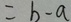
= b - a